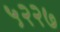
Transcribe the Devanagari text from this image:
५२२७